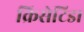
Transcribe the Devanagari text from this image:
क्रिसेटिडा